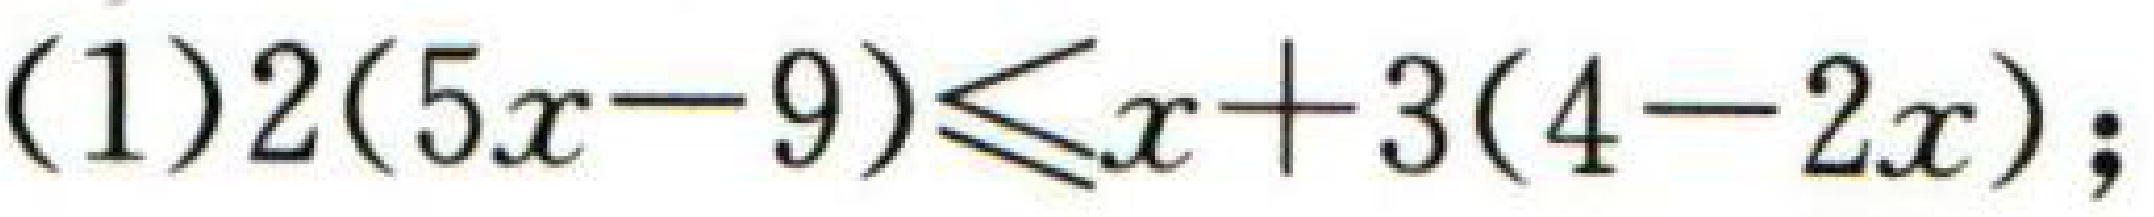
\((1)2(5x - 9)\leq x + 3(4 - 2x);\)